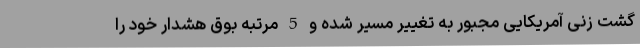
گشت زنی آمریکایی مجبور به تغییر مسیر شده و 5 مرتبه بوق هشدار خود را